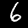
Label: 6